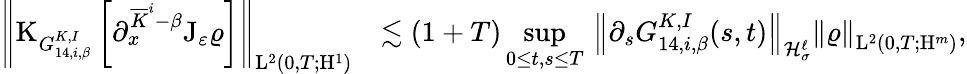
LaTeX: \begin{array}{rl}{\left\Vert\mathrm{K}_{G_{14,i,\beta}^{K,I}}\left[\partial_{x}^{\overline{{K}}^{i}-\beta}\mathrm{J}_{\varepsilon}\varrho\right]\right\Vert_{\mathrm{L}^{2}(0,T;\mathrm{H}^{1})}}&{\lesssim(1+T)\underset{0\leq t,s\leq T}{\operatorname*{sup}}\, \left\Vert\partial_{s}G_{14,i,\beta}^{K,I}(s,t)\right\Vert_{\mathcal{H}_{\sigma}^{\ell}}\left\Vert\varrho\right\Vert_{\mathrm{L}^{2}(0,T;\mathrm{H}^{m})},}\end{array}